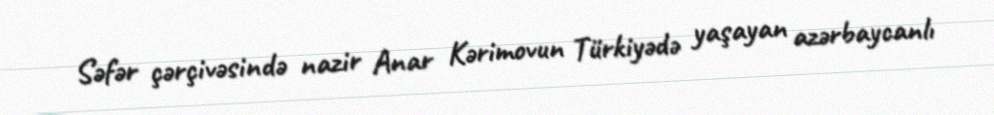
Səfər çərçivəsində nazir Anar Kərimovun Türkiyədə yaşayan azərbaycanlı